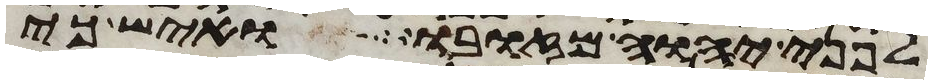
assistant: לפני יהוה מזובו ואיש כי